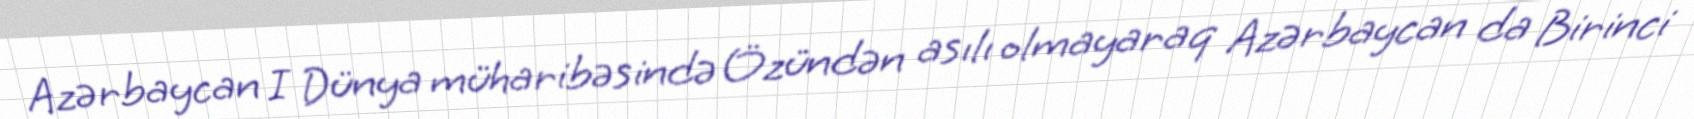
Azərbaycan I Dünya müharibəsində Özündən asılı olmayaraq Azərbaycan da Birinci